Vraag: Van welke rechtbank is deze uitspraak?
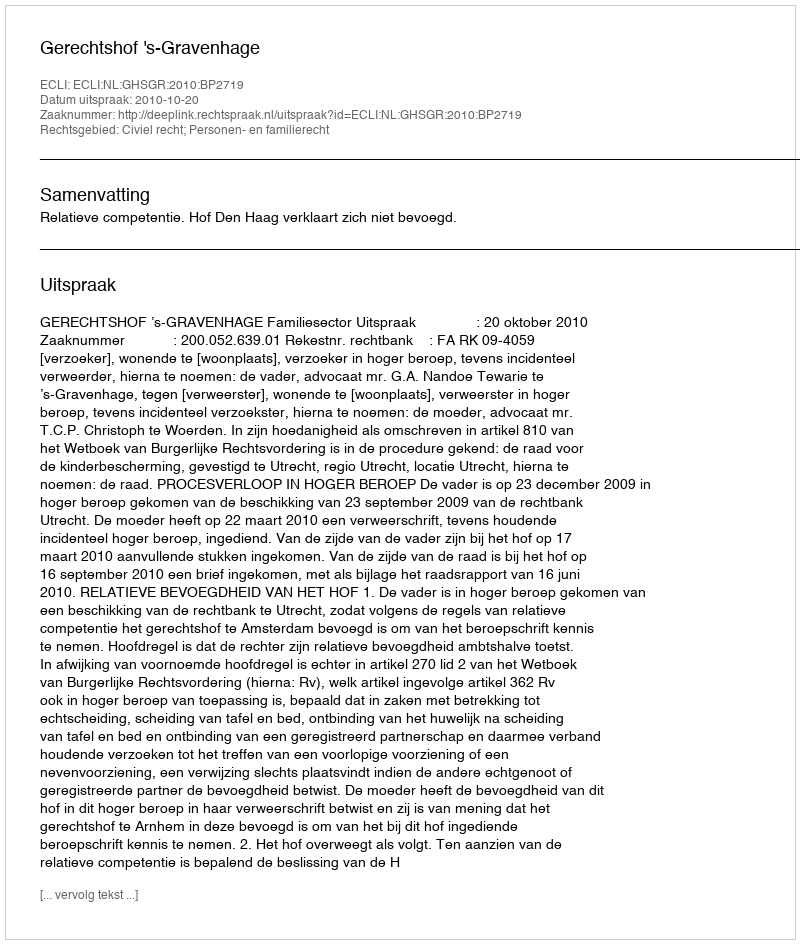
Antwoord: Gerechtshof 's-Gravenhage